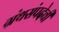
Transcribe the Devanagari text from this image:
ग्रंथसंपदेची